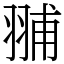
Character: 䎍